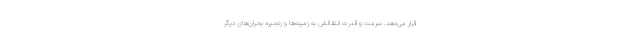
قرار می‌دهد. سرعت و قدرت انتقالش به زمینه‌ها و زنجیره بحران‌های دیگر